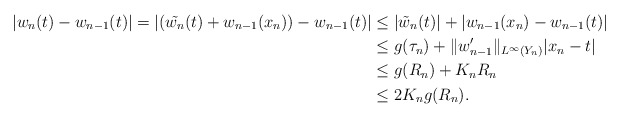
\begin{align*}|w_n (t) - w_{n-1}(t)| = |(\tilde{w_n}(t)+ w_{n-1}(x_n)) - w_{n-1}(t)| & \leq | \tilde{w}_n (t)| + |w_{n-1}(x_n) - w_{n-1}(t)| \\& \leq g(\tau_n) + \|w_{n-1}'\|_{L^{\infty}(Y_n)}|x_n - t| \\& \leq g(R_n) + K_n R_n\\& \leq 2K_n g(R_n).\end{align*}